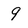
Character: 9